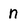
Character: n